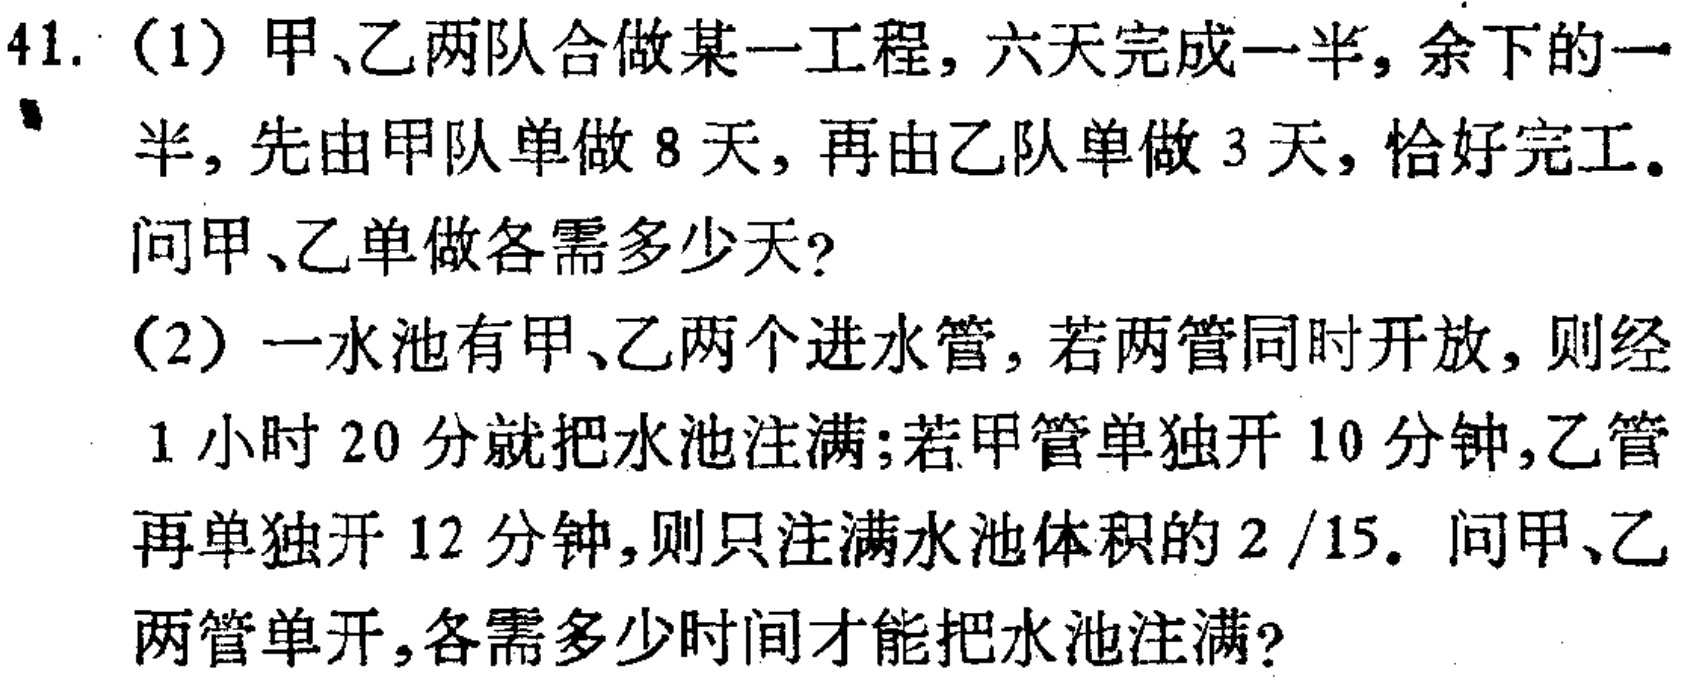
41. （1）甲、乙两队合做某一工程，六天完成一半，余下的一半，先由甲队单做8天，再由乙队单做3天，恰好完工。问甲、乙单做各需多少天？
（2）一水池有甲、乙两个进水管，若两管同时开放，则经1小时20分就把水池注满；若甲管单独开10分钟，乙管再单独开12分钟，则只注满水池体积的2/15。问甲、乙两管单开，各需多少时间才能把水池注满？